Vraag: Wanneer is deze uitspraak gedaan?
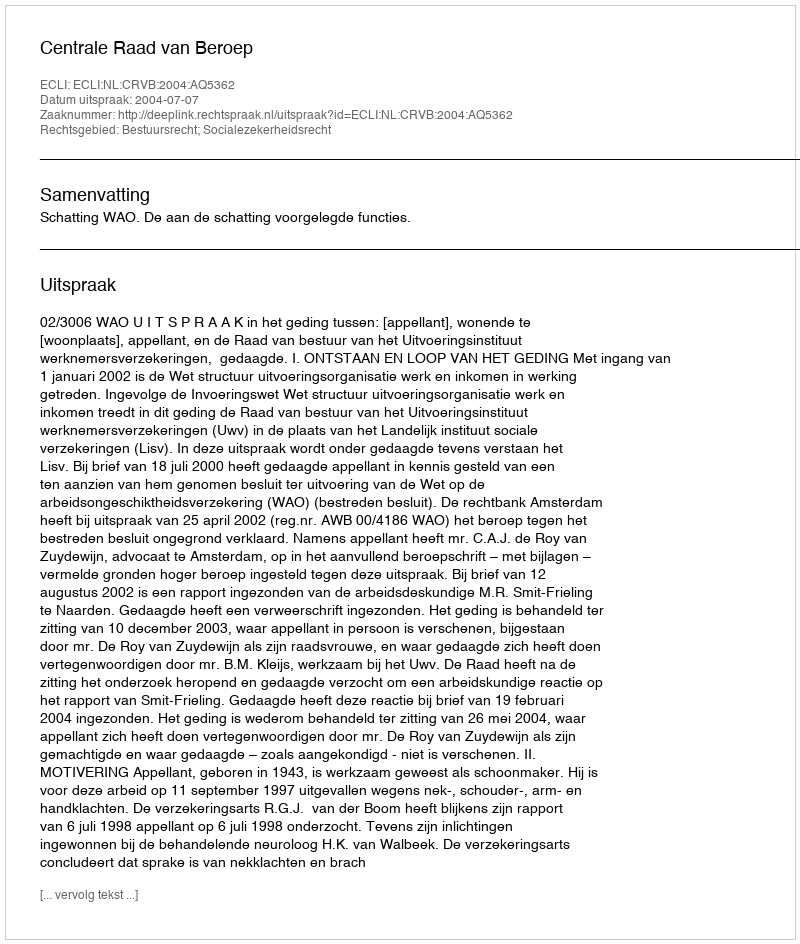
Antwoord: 2004-07-07